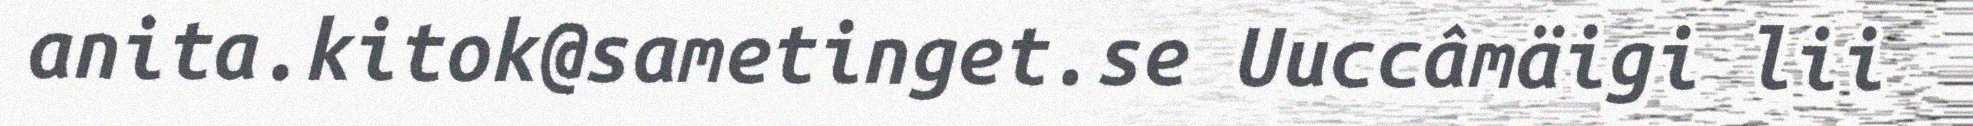
anita.kitok@sametinget.se Uuccâmäigi lii